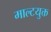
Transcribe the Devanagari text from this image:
माल्टयुक्त